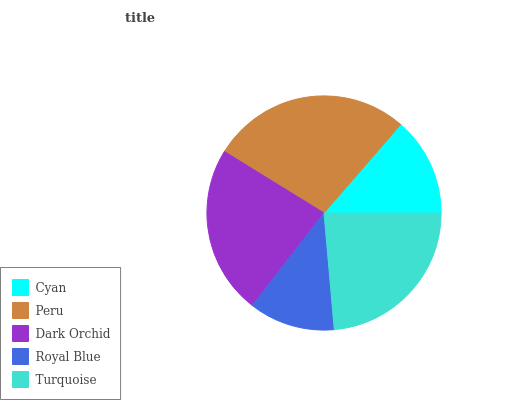
| Cyan | Peru | Dark Orchid | Royal Blue | Turquoise |
 | --- | --- | --- | --- | --- |
 | 13.7% | 27.6% | 23.3% | 11.9% | 23.6% |